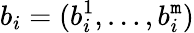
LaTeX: b_{i}=(b_{i}^{1},\ldots,b_{i}^{\mathtt{m}})